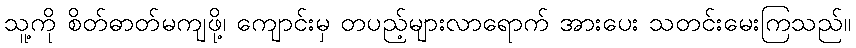
သူ့ကို စိတ်ဓာတ်မကျဖို့၊ ကျောင်းမှ တပည့်များလာရောက် အားပေး သတင်းမေးကြသည်။